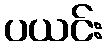
ပယင်း